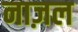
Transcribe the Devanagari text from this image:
नाज़ल